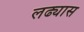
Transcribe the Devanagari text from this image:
लढ्यास